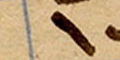
١٠